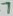
Text: 7